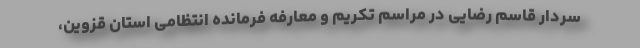
سردار قاسم رضایی در مراسم تکریم و معارفه فرمانده انتظامی استان قزوین،